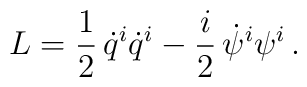
L=\frac{1}{2}\,\dot q^i\dot q^i-\frac{i}{2}\,\dot\psi^i\psi^i\,.